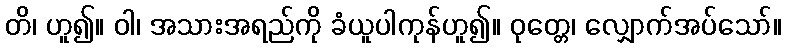
တိ၊ ဟူ၍။ ဝါ၊ အသားအရည်ကို ခံယူပါကုန်ဟူ၍။ ဝုတ္တေ၊ လျှောက်အပ်သော်။